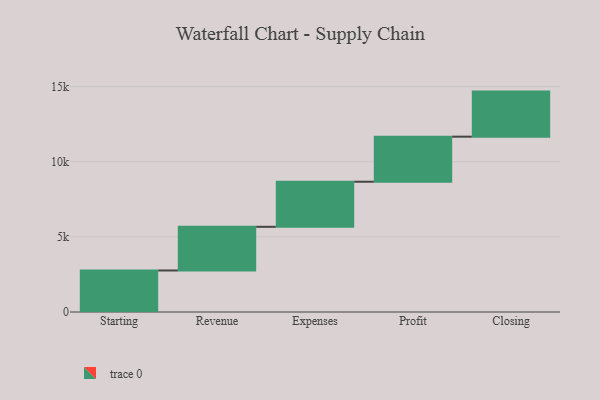
{"axis": {"x": "Step", "y": "Value"}, "legend": [""], "data": [{"x": "Starting", "y": 2764.0, "type": ""}, {"x": "Revenue", "y": 2908.0, "type": ""}, {"x": "Expenses", "y": 3000, "type": ""}, {"x": "Profit", "y": 3000, "type": ""}, {"x": "Closing", "y": 3000, "type": ""}]}